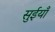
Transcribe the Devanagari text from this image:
सुईयाँ